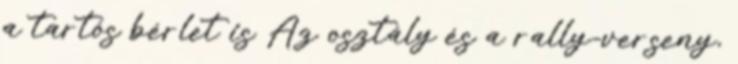
a tartós bérlet is Az osztály és a rally-verseny,